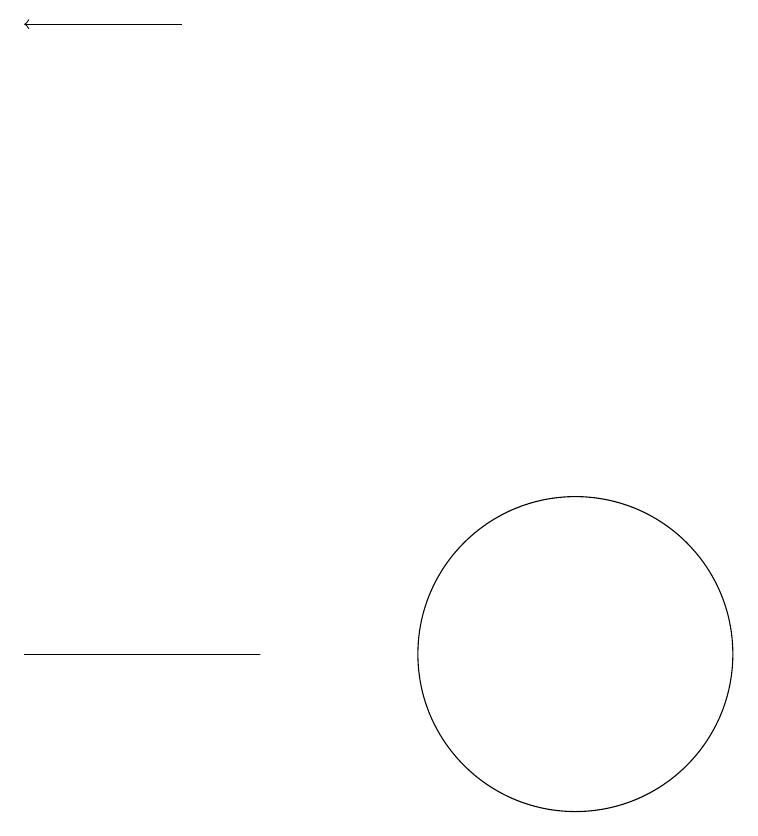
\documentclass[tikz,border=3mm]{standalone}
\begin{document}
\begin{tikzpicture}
\draw[->] (5,19) -- (3,19);
\draw (10,12) circle (0);
\draw (10,11) circle (2);
\draw (3,11) rectangle (6,11);
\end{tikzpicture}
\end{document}